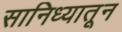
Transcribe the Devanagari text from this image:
सानिध्यातून